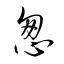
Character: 怱